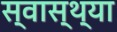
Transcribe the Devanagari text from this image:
स्‍वास्‍थ्‍या